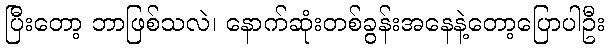
ပြီးတော့ ဘာဖြစ်သလဲ၊ နောက်ဆုံးတစ်ခွန်းအနေနဲ့တော့ပြောပါဦး